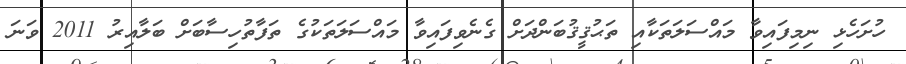
ހުށަހެޅި ނިމިފައިވާ މައްސަލަތަކާއި ތަޙުޤީޤުބަންދަށް ގެނެވިފައިވާ މައްސަލަތަކުގެ ތަފާތުހިސާބަށް ބަލާއިރު 2011 ވަނަ